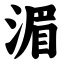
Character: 湄